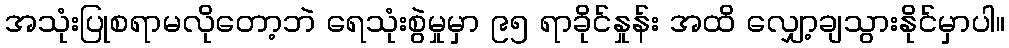
အသုံးပြုစရာမလိုတော့ဘဲ ရေသုံးစွဲမှုမှာ ၉၅ ရာခိုင်နှုန်း အထိ လျှော့ချသွားနိုင်မှာပါ။